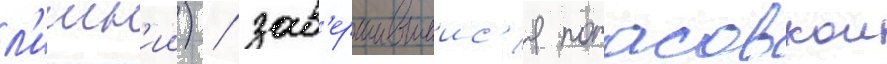
л'ишн'ии) / зав'ершившиис'я потасовкои